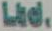
Ltd.